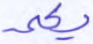
يكلمه